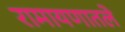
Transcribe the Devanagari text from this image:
रामायणातले